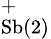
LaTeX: _\textrm{Sb(2)}^{+}